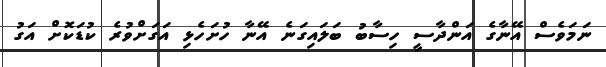
ނަމަވެސް އޭނާގެ އަންދާސީ ހިސާބު ބަލައިގަނެ އޭނާ ހުށަހެޅި އަގަށްވުރެ ކުޑަކޮށް އަގު